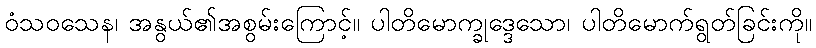
ဝံသဝသေန၊ အနွယ်၏အစွမ်းကြောင့်။ ပါတိမောက္ခုဒ္ဒေသော၊ ပါတိမောက်ရွတ်ခြင်းကို။